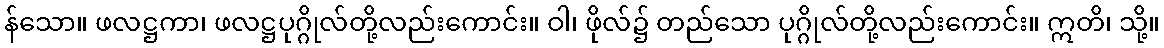
န်သော။ ဖလဋ္ဌကာ၊ ဖလဋ္ဌပုဂ္ဂိုလ်တို့လည်းကောင်း။ ဝါ၊ ဖိုလ်၌ တည်သော ပုဂ္ဂိုလ်တို့လည်းကောင်း။ ဣတိ၊ သို့။